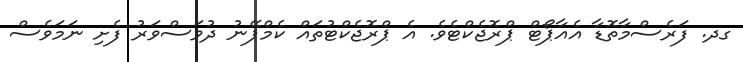
ގދ. ފަރެސްމާތޮޑާ އެއާޕޯޓް ޕްރޮޖެކްޓެވެ. އެ ޕްރޮޖެކްޓުތައް ކެމްޕޭނު ދުވަސްވަރު ފެށި ނަމަވެސް